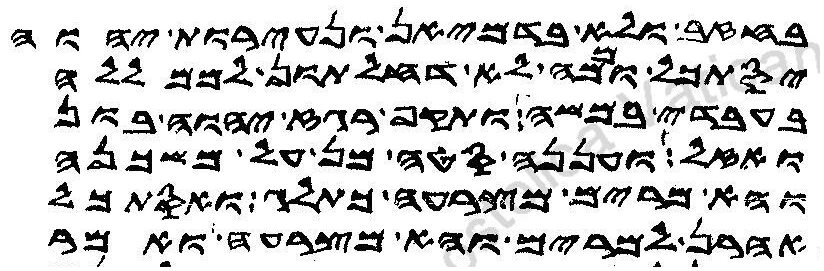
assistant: בחזב ולא בדמיאן ונעירות יהוה
יסתכל וממה לא דחלתון לממלל
בעבדי במשה ותקף רגז יהוה בון
ואזל ועננה סטה מן על משכנה
והא מרים מצרעה כתלג ואסתכל
אהרן למרים והא מצרעה ואמר